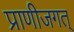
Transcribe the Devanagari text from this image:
प्राणीजगत्